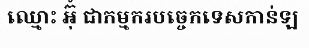
ឈ្មោះ អ៊ុំ ជាកម្មករបច្ចេកទេសកាន់ឡ